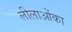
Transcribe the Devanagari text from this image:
लीलाओंका